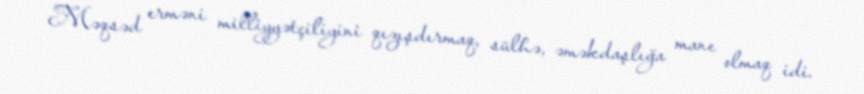
Məqsəd erməni milliyyətçiliyini qızışdırmaq, sülhə, əməkdaşlığa mane olmaq idi.